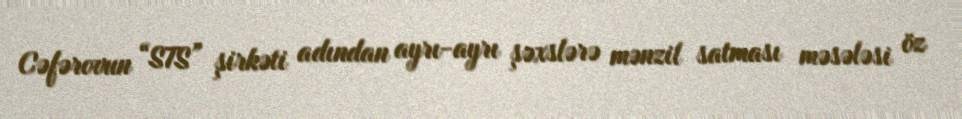
Cəfərovun “STS” şirkəti adından ayrı-ayrı şəxslərə mənzil satması məsələsi öz